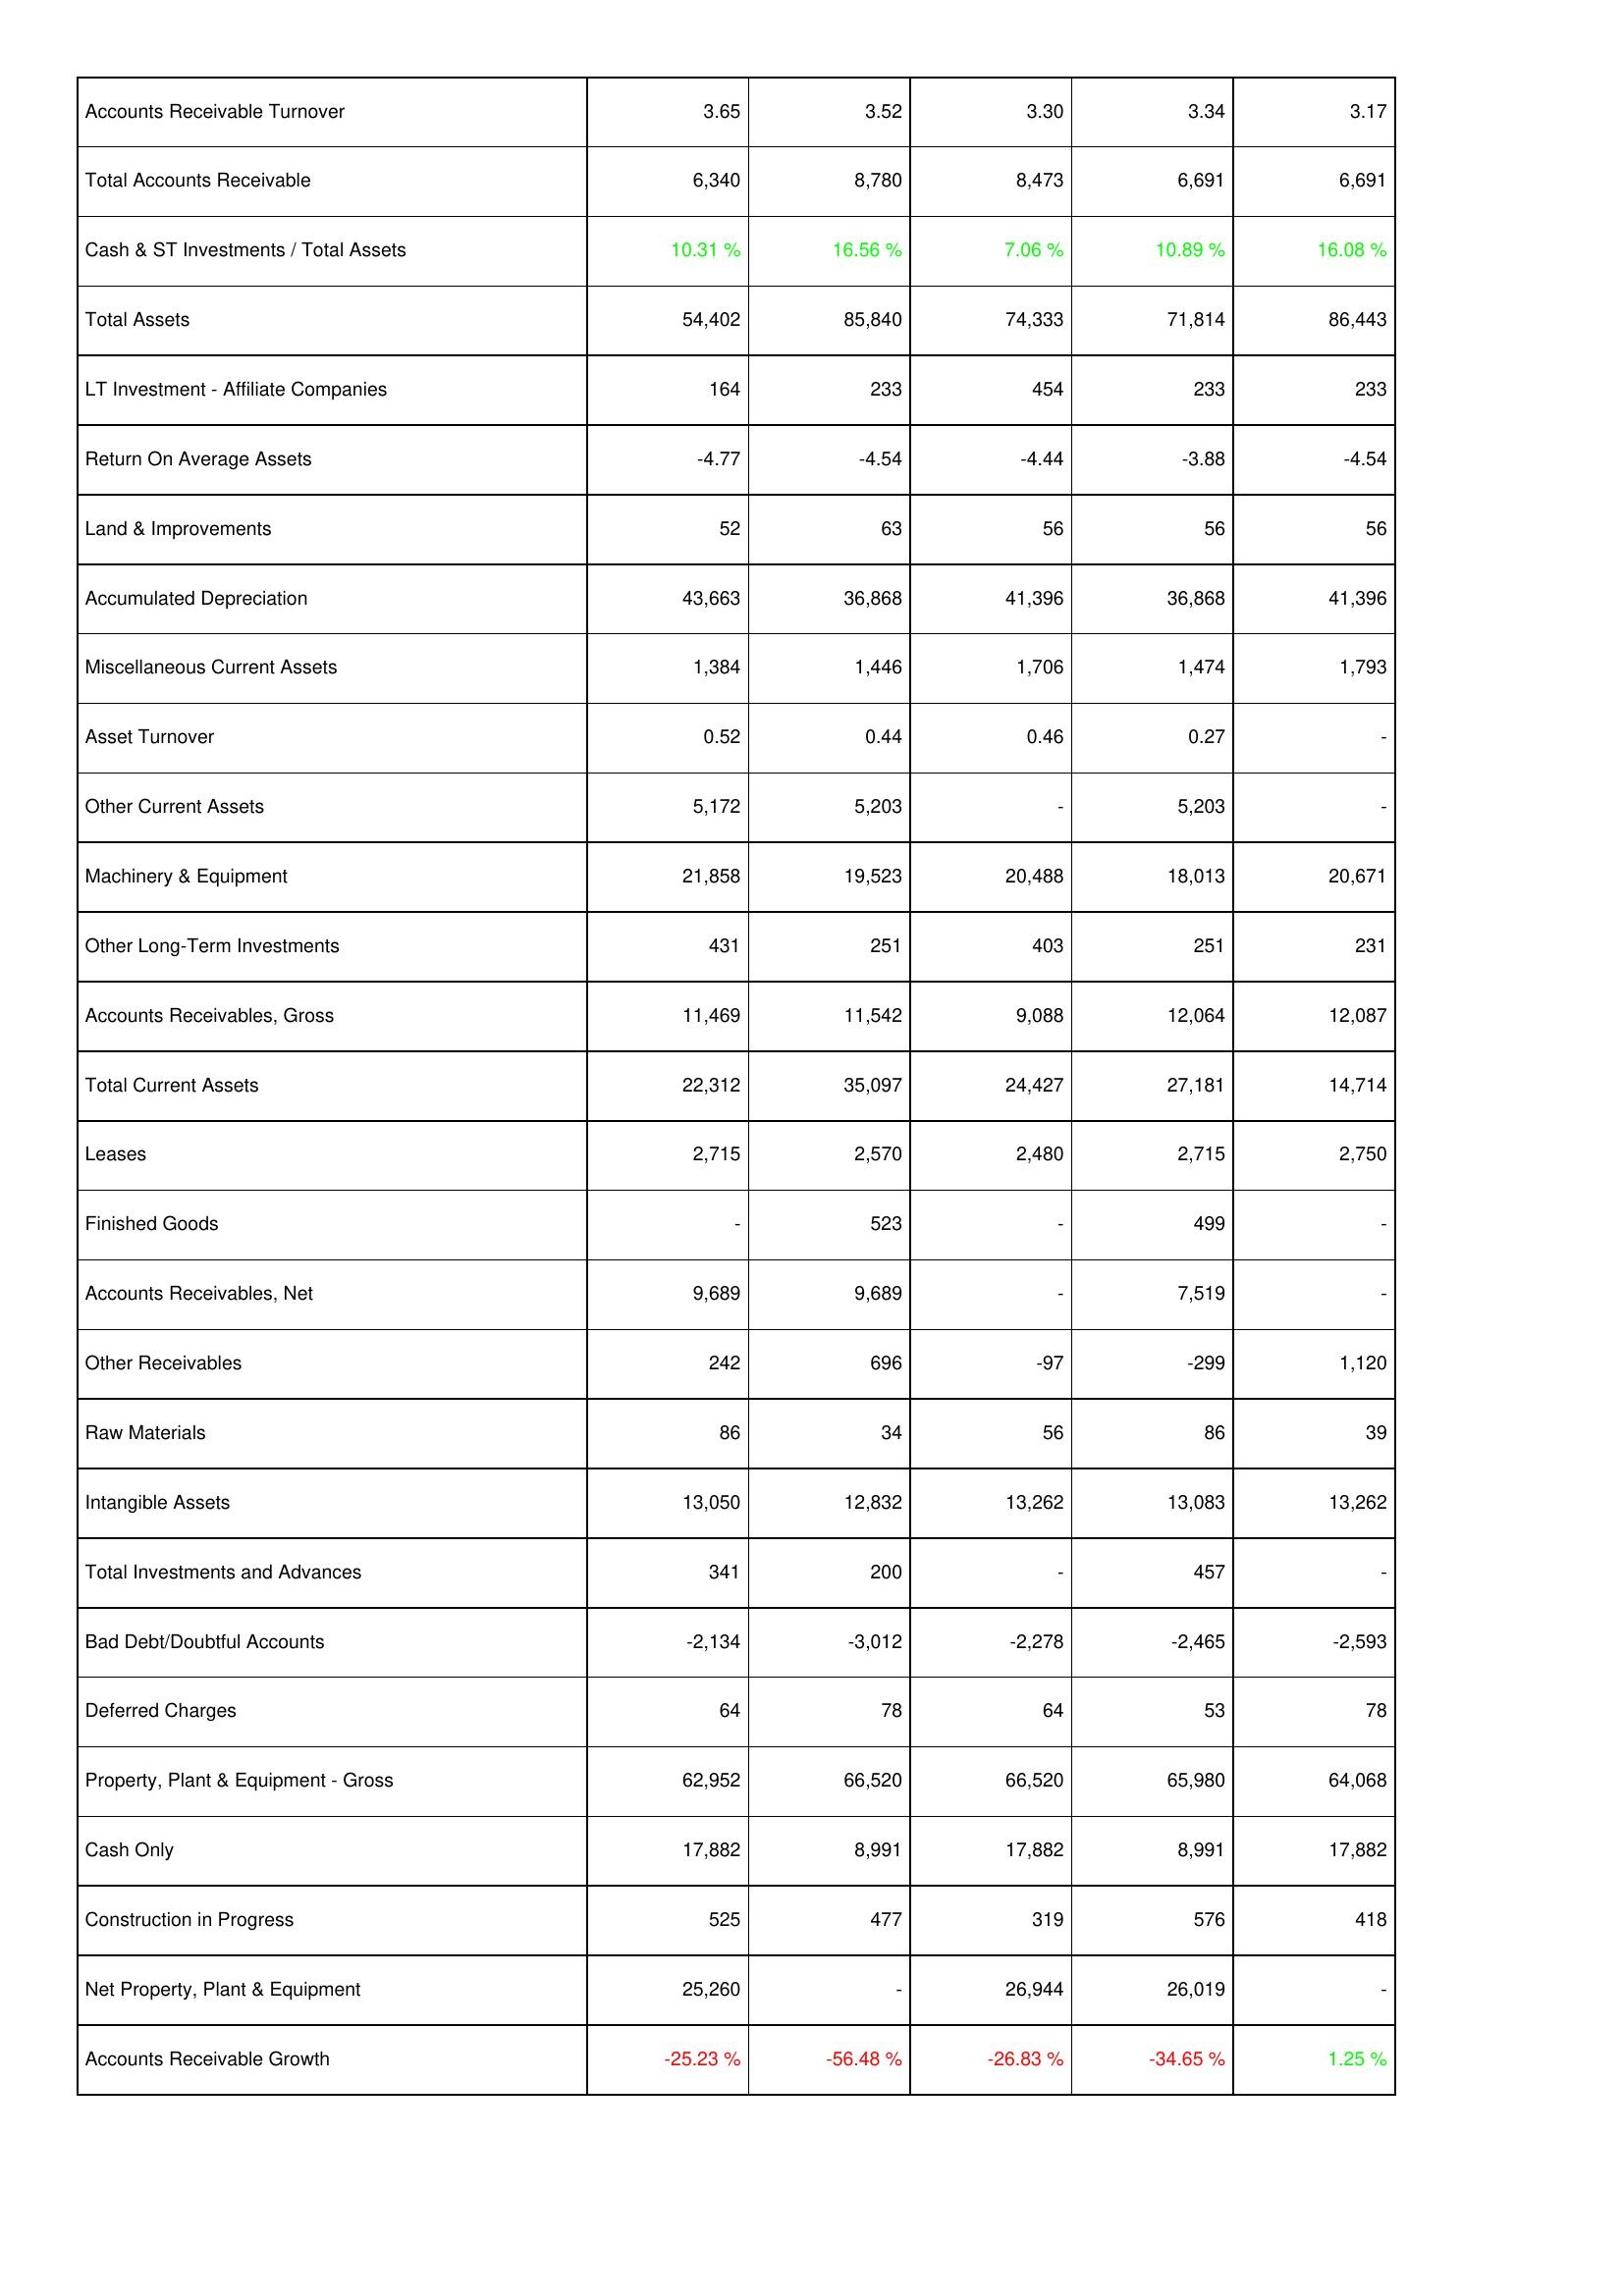
2023: Assets: Accounts Receivable Turnover: 3.65
Total Accounts Receivable: 6,340
Cash & ST Investments / Total Assets: 10.31 %
Total Assets: 54,402
LT Investment - Affiliate Companies: 164
Return On Average Assets: -4.77
Land & Improvements: 52
Accumulated Depreciation: 43,663
Miscellaneous Current Assets: 1,384
Asset Turnover: 0.52
Other Current Assets: 5,172
Machinery & Equipment: 21,858
Other Long-Term Investments: 431
Accounts Receivables, Gross: 11,469
Total Current Assets: 22,312
Leases: 2,715
Finished Goods: -
Accounts Receivables, Net: 9,689
Other Receivables: 242
Raw Materials: 86
Intangible Assets: 13,050
Total Investments and Advances: 341
Bad Debt/Doubtful Accounts: -2,134
Deferred Charges: 64
Property, Plant & Equipment - Gross: 62,952
Cash Only: 17,882
Construction in Progress: 525
Net Property, Plant & Equipment: 25,260
Accounts Receivable Growth: -25.23 %
2022: Assets: Accounts Receivable Turnover: 3.52
Total Accounts Receivable: 8,780
Cash & ST Investments / Total Assets: 16.56 %
Total Assets: 85,840
LT Investment - Affiliate Companies: 233
Return On Average Assets: -4.54
Land & Improvements: 63
Accumulated Depreciation: 36,868
Miscellaneous Current Assets: 1,446
Asset Turnover: 0.44
Other Current Assets: 5,203
Machinery & Equipment: 19,523
Other Long-Term Investments: 251
Accounts Receivables, Gross: 11,542
Total Current Assets: 35,097
Leases: 2,570
Finished Goods: 523
Accounts Receivables, Net: 9,689
Other Receivables: 696
Raw Materials: 34
Intangible Assets: 12,832
Total Investments and Advances: 200
Bad Debt/Doubtful Accounts: -3,012
Deferred Charges: 78
Property, Plant & Equipment - Gross: 66,520
Cash Only: 8,991
Construction in Progress: 477
Net Property, Plant & Equipment: -
Accounts Receivable Growth: -56.48 %
2021: Assets: Accounts Receivable Turnover: 3.30
Total Accounts Receivable: 8,473
Cash & ST Investments / Total Assets: 7.06 %
Total Assets: 74,333
LT Investment - Affiliate Companies: 454
Return On Average Assets: -4.44
Land & Improvements: 56
Accumulated Depreciation: 41,396
Miscellaneous Current Assets: 1,706
Asset Turnover: 0.46
Other Current Assets: -
Machinery & Equipment: 20,488
Other Long-Term Investments: 403
Accounts Receivables, Gross: 9,088
Total Current Assets: 24,427
Leases: 2,480
Finished Goods: -
Accounts Receivables, Net: -
Other Receivables: -97
Raw Materials: 56
Intangible Assets: 13,262
Total Investments and Advances: -
Bad Debt/Doubtful Accounts: -2,278
Deferred Charges: 64
Property, Plant & Equipment - Gross: 66,520
Cash Only: 17,882
Construction in Progress: 319
Net Property, Plant & Equipment: 26,944
Accounts Receivable Growth: -26.83 %
2020: Assets: Accounts Receivable Turnover: 3.34
Total Accounts Receivable: 6,691
Cash & ST Investments / Total Assets: 10.89 %
Total Assets: 71,814
LT Investment - Affiliate Companies: 233
Return On Average Assets: -3.88
Land & Improvements: 56
Accumulated Depreciation: 36,868
Miscellaneous Current Assets: 1,474
Asset Turnover: 0.27
Other Current Assets: 5,203
Machinery & Equipment: 18,013
Other Long-Term Investments: 251
Accounts Receivables, Gross: 12,064
Total Current Assets: 27,181
Leases: 2,715
Finished Goods: 499
Accounts Receivables, Net: 7,519
Other Receivables: -299
Raw Materials: 86
Intangible Assets: 13,083
Total Investments and Advances: 457
Bad Debt/Doubtful Accounts: -2,465
Deferred Charges: 53
Property, Plant & Equipment - Gross: 65,980
Cash Only: 8,991
Construction in Progress: 576
Net Property, Plant & Equipment: 26,019
Accounts Receivable Growth: -34.65 %
2019: Assets: Accounts Receivable Turnover: 3.17
Total Accounts Receivable: 6,691
Cash & ST Investments / Total Assets: 16.08 %
Total Assets: 86,443
LT Investment - Affiliate Companies: 233
Return On Average Assets: -4.54
Land & Improvements: 56
Accumulated Depreciation: 41,396
Miscellaneous Current Assets: 1,793
Asset Turnover: -
Other Current Assets: -
Machinery & Equipment: 20,671
Other Long-Term Investments: 231
Accounts Receivables, Gross: 12,087
Total Current Assets: 14,714
Leases: 2,750
Finished Goods: -
Accounts Receivables, Net: -
Other Receivables: 1,120
Raw Materials: 39
Intangible Assets: 13,262
Total Investments and Advances: -
Bad Debt/Doubtful Accounts: -2,593
Deferred Charges: 78
Property, Plant & Equipment - Gross: 64,068
Cash Only: 17,882
Construction in Progress: 418
Net Property, Plant & Equipment: -
Accounts Receivable Growth: 1.25 %